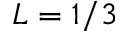
L = 1 / 3